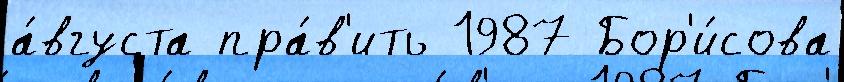
а́вгуста пра́в'ить 1987 Бор'и́сова